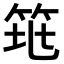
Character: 𥬻